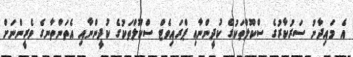
އެ މައިދާނު ސަރުކާރުގެ ސްކޫލްތަކުގެ ކުދީންނާއި ޕްރައިވެޓް ސްކޫލްތަކުގެ ކުދީންނާއި އެތަންތާނގެ ވެރީންނަށް